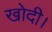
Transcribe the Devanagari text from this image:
खोदी।